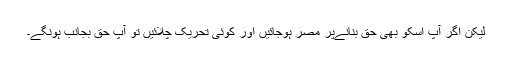
لیکن اگر آپ اسکو بھی حق بنانےپر مُصر ہوجائیں اور کوئی تحریک چلائیں تو آپ حق بجانب ہونگے۔